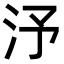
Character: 汿